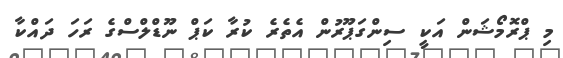
މި ޕްރޮމޯޝަން އަކީ ސިންގަޕޫރުން އެތެރެ ކުރާ ކަޕް ނޫޑްލްސްގެ ރަހަ ދައްކާ